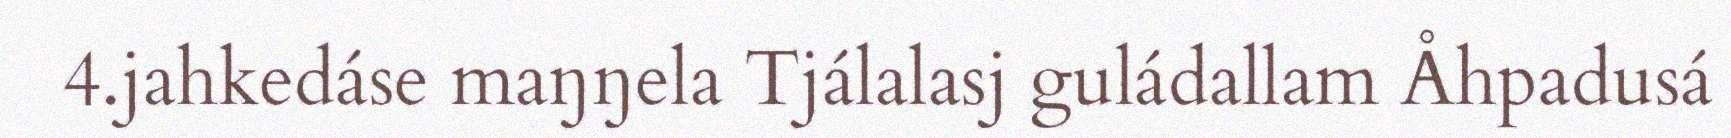
4.jahkedáse maŋŋela Tjálalasj guládallam Åhpadusá